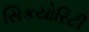
સિકયોરિટી